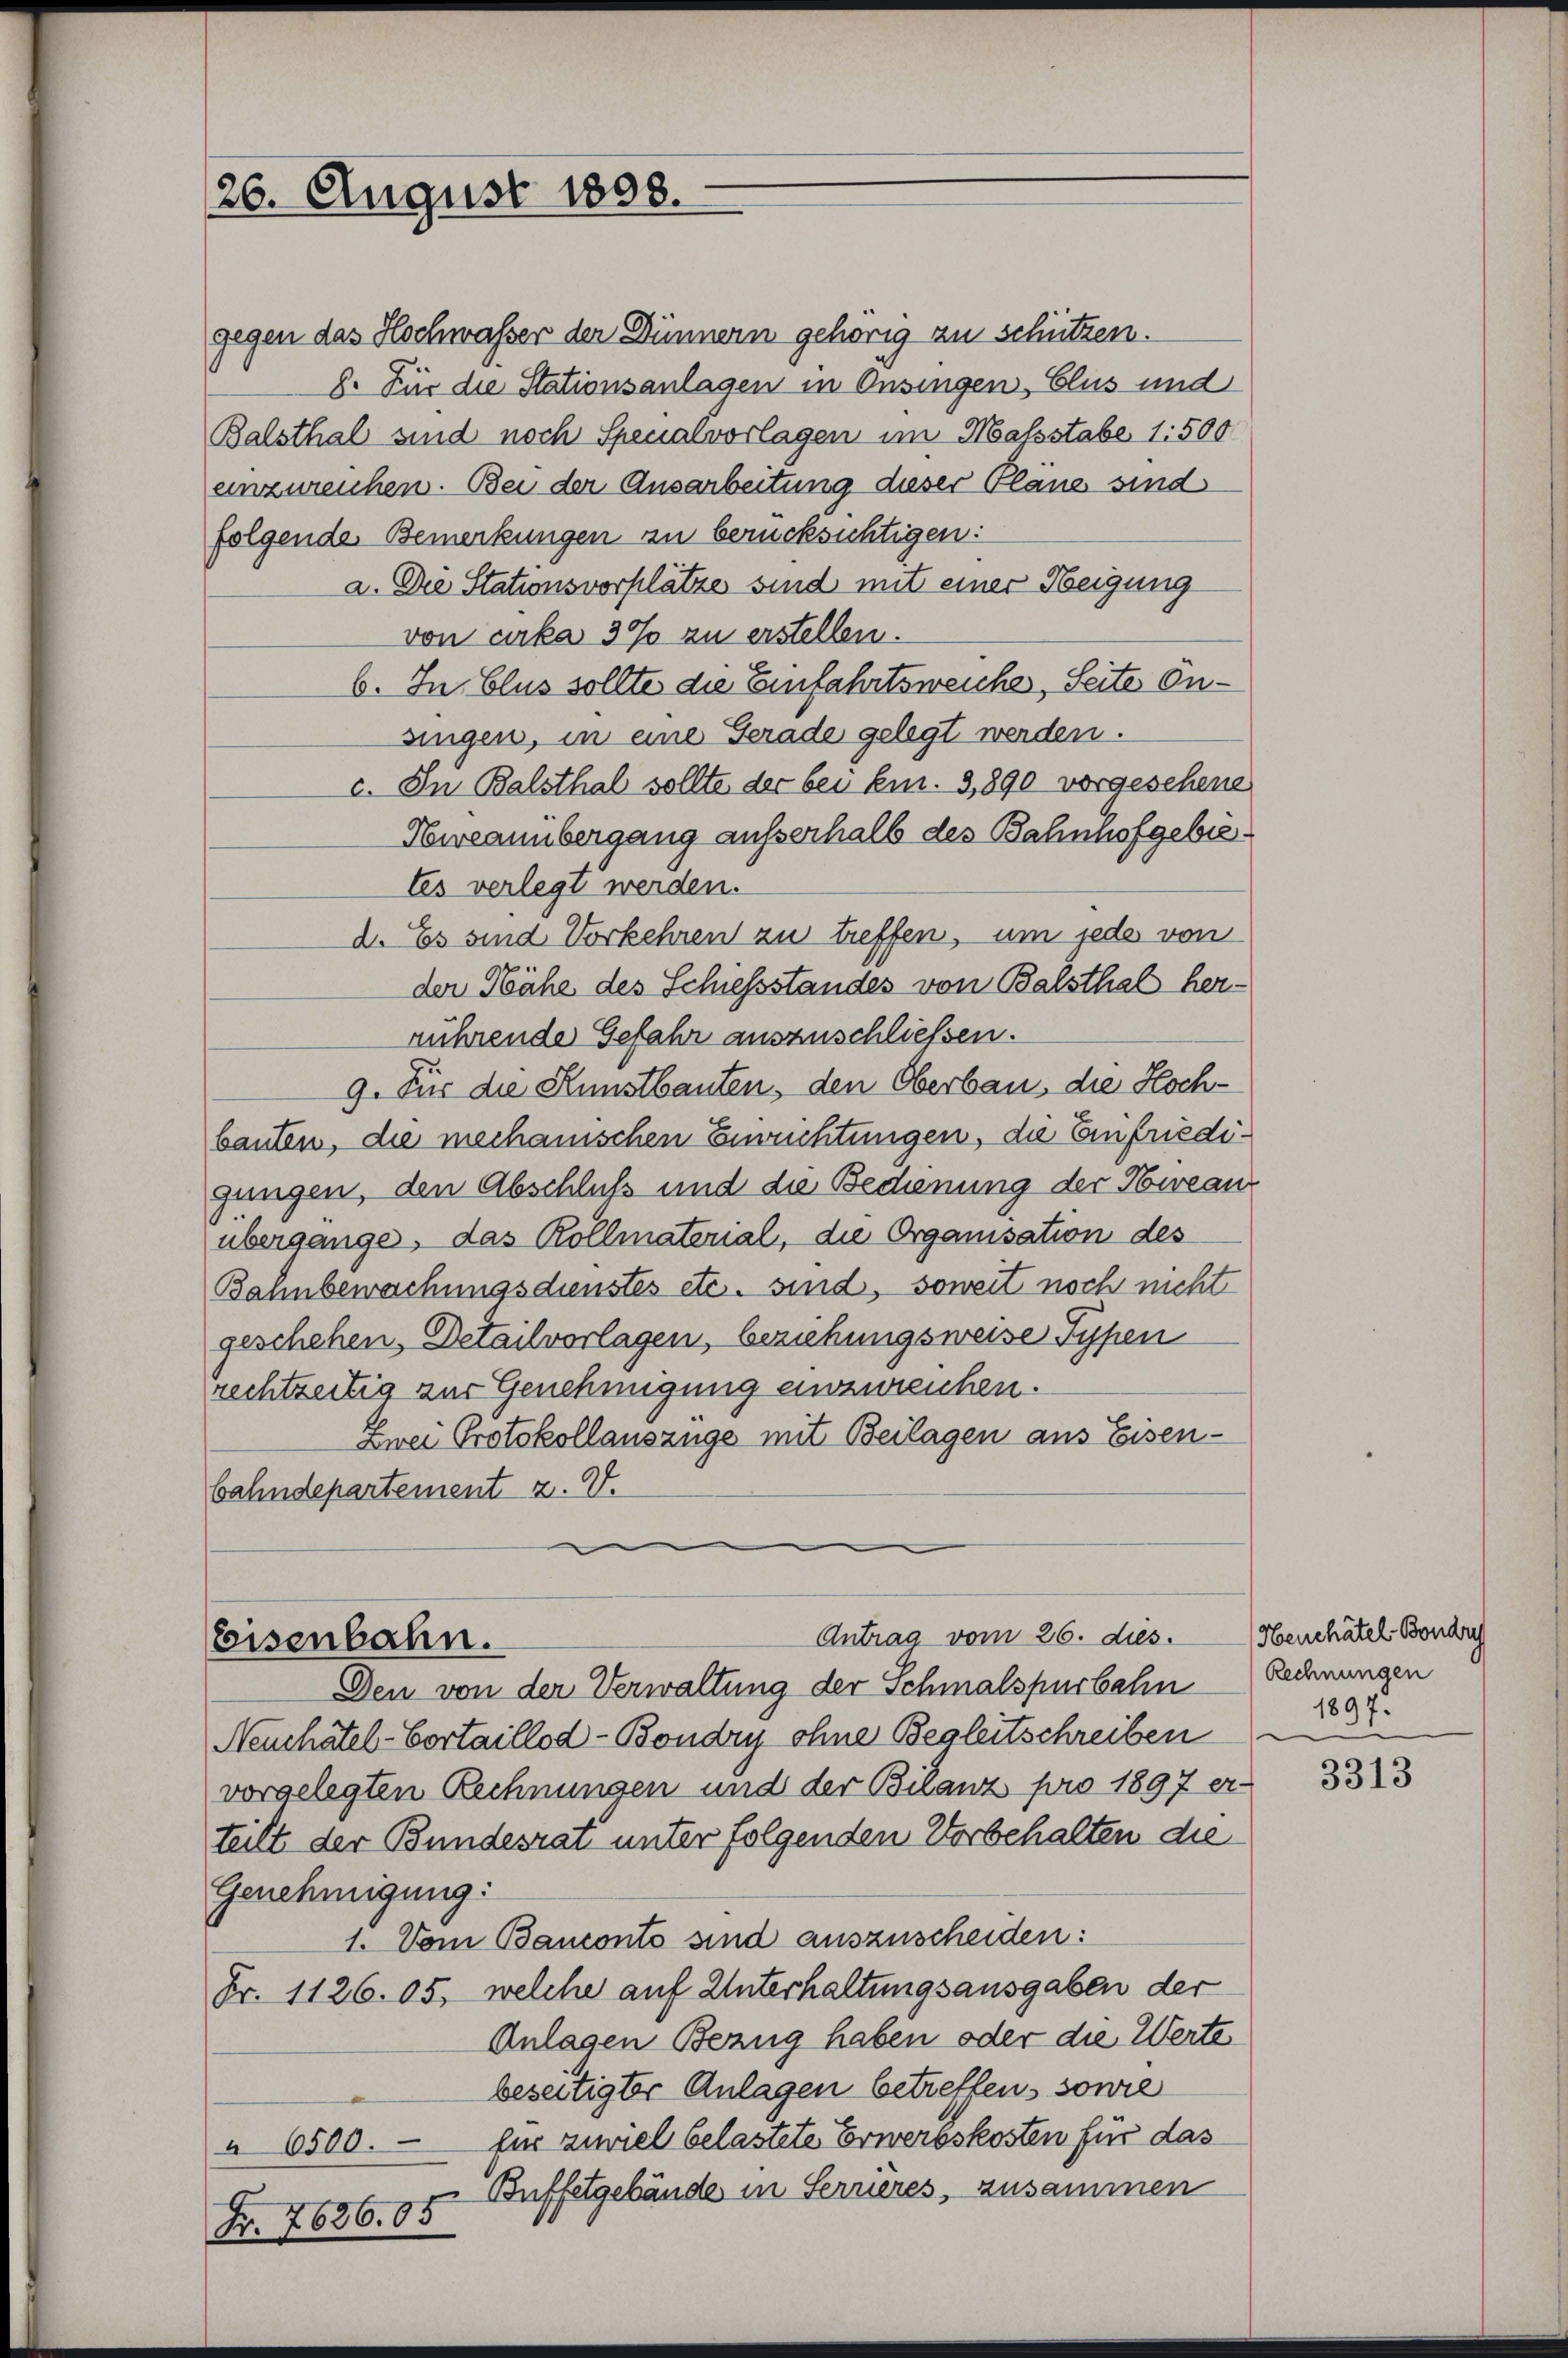
26. August 1808.

gegen das Hochwasser der Dünnern gehörig zu schützen.
8. Für die Stationsanlagen in Onsingen, Clus und
Balsthal sind noch Spenalvorlagen im Malsstabe 1:500
einzureichen. Bei der Ausarbeitung dieser Pläne sind
folgende Bemerkungen zu berücksichtigen:
a. Die Stationsvorplätze sind mit einer Neigung
von cirka 30% zu erstellen.
6. In blus sollte die Einfahrtsweiche, Seite Ensingen, in eine Gerade gelegt werden.
c. In Balsthal sollte der bei Em. 3,890 vorgesehene
Nweannbergang aufserhalb des Bahnhofgebietes verlegt werden.
d. Es sind Vorkehren zu treffen, um jede von
der Nähe des Schiessstandes von Balsthal herrührende Gefahr auszuschließen.
9. Für die Kunstbauten, den Oberbau, die Hochbauten, die mechanischen Einwuchtungen, da Einfriedigungen, den Abschluß und die Bedienung der Hwean
übergange, das Kollmaterial, die Organisation des
Bahnbewachungsdienstes etc. sind, soweit noch nicht
geschehen. Detailvorlagen, beziehungsweise Typen
rechtseitig zur Genehmigung anzureichen.
Zwei Protokollauszüge mit Beilagen aus Eisen-
bahndepartement z. V.

Antrag vom 26. dies.
eeisenbahn.

Den von der Verwaltung der Schmalspurbahn
Neuchâtel-Cortaillod-Bondry ohne Begleitschreiben
vorgelegten Rechnungen und der Bilanz pro 1897 erteilt der Bundesrat unter folgenden Vorbehalten die
Genehmigung:
1. Vom Banconto sind auszuscheiden:
Fr. 1126. 05, welche auf Unterhaltungsausgaben der
Anlagen Bezug haben oder die Werte
beseitigter Anlagen betreffen, sowie
" 6500. für zuviel belastete Erwerbskosten für das
Buffetgebäude in Ferneres, zusammen
Nr. 7636. 05

Heuchâtel Bondry
Rechnungen
1897.

3313